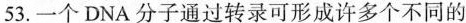
53.一个DNA分子通过转录可形成许多个不同的